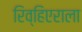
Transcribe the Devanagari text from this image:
रिव्हिएराला